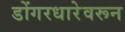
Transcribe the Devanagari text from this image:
डोंगरधारेवरून